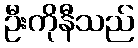
ဦးကိုနီသည်